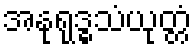
အနုရုဒ္ဓသံယုတ္တံ